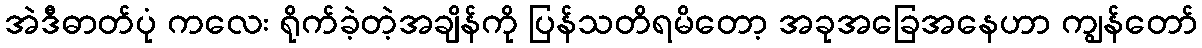
အဲဒီဓာတ်ပုံ ကလေး ရိုက်ခဲ့တဲ့အချိန်ကို ပြန်သတိရမိတော့ အခုအခြေအနေဟာ ကျွန်တော်